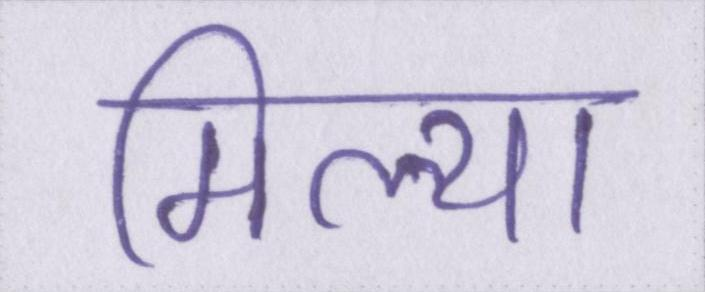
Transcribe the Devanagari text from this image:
मिल्या